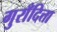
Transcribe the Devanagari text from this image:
गुराँदित्ता